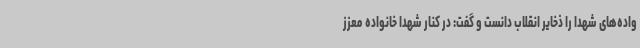
واده‌های شهدا را ذخایر انقلاب دانست و گفت: در کنار شهدا خانواده معزز